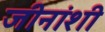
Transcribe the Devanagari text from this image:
जीनांशी